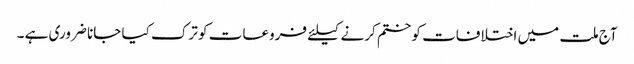
آج ملت میں اختلافات کو ختم کرنے کیلئے فروعات کو ترک کیا جانا ضروری ہے ۔